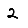
Digit: 2